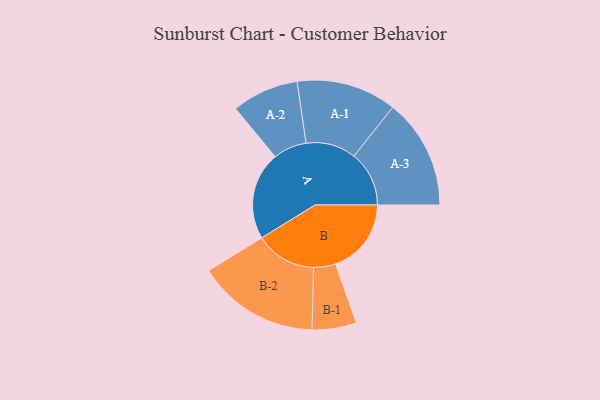
{"axis": {"x": "Segment", "y": "Value"}, "legend": ["", "A", "B"], "data": [{"x": "A", "y": 402, "type": ""}, {"x": "B", "y": 346, "type": ""}, {"x": "A-1", "y": 229, "type": "A"}, {"x": "A-2", "y": 153, "type": "A"}, {"x": "A-3", "y": 252, "type": "A"}, {"x": "B-1", "y": 101, "type": "B"}, {"x": "B-2", "y": 279, "type": "B"}]}